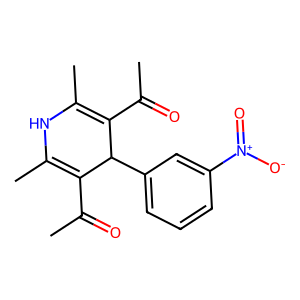
SMILES: CC(=O)C1=C(C)NC(C)=C(C(C)=O)C1c1cccc([N+](=O)[O-])c1
Inhibits HIV replication: No